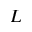
L